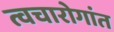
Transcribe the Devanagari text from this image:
त्वचारोगांत